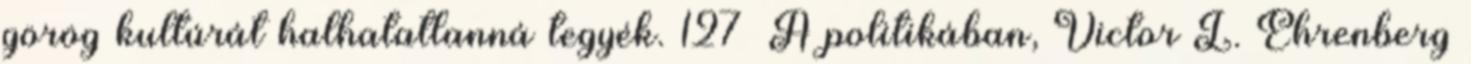
görög kultúrát halhatatlanná tegyék. 127 A politikában, Victor L. Ehrenberg